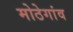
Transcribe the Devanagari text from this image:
मोठेगांव